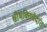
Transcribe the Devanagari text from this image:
श्रीभक्तिवेदांत